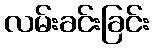
လမ်းခင်းခြင်း